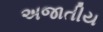
અજાતીય